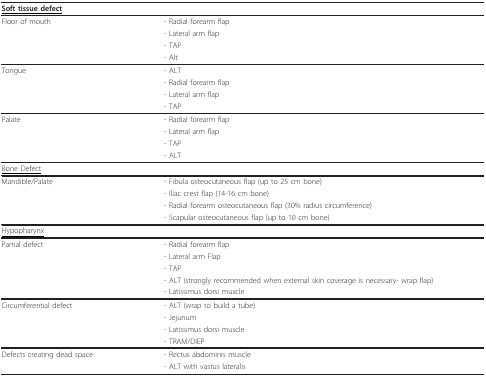
| <COLSPAN=2> <underline>Soft tissue defect</underline> |
 | --- | --- |
 | Floor of mouth | - Radial forearm flap |
 |  | - Lateral arm flap |
 |  | - TAP |
 |  | - Alt |
 | Tongue | - ALT |
 |  | - Radial forearm flap |
 |  | - Lateral arm flap |
 |  | - TAP |
 | Palate | - Radial forearm flap |
 |  | - Lateral arm flap |
 |  | - TAP |
 |  | - ALT |
 | <COLSPAN=2> <underline>Bone Defect</underline> |
 | Mandible/Palate | - Fibula osteocutaneous flap (up to 25 cm bone) |
 |  | - Iliac crest flap (14-16 cm bone) |
 |  | - Radial forearm osteocutaneous flap (30% radius circumference) |
 |  | - Scapular osteocutaneous flap (up to 10 cm bone) |
 | <COLSPAN=2> <underline>Hypopharynx</underline> |
 | Partial defect | - Radial forearm flap |
 |  | - Lateral arm Flap |
 |  | - TAP |
 |  | - ALT (strongly recommended when external skin coverage is necessary- wrap flap) |
 |  | - Latissimus dorsi muscle |
 | Circumferential defect | - ALT (wrap to build a tube) |
 |  | - Jejunum |
 |  | - Latissimus dorsi muscle |
 |  | - TRAM/DIEP |
 | Defects creating dead space | - Rectus abdominis muscle |
 |  | - ALT with vastus lateralis |